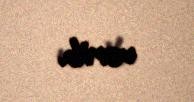
verib.